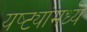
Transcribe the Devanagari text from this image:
यष्ट्यांमध्ये